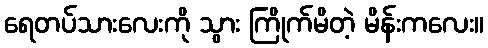
ရေတပ်သားလေးကို သွား ကြိုက်မိတဲ့ မိန်းကလေး။